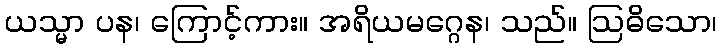
ယသ္မာ ပန၊ ကြောင့်ကား။ အရိယမဂ္ဂေန၊ သည်။ ဩဓိသော၊